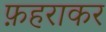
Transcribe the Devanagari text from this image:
फ़हराकर